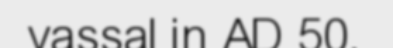
vassal in AD 50.